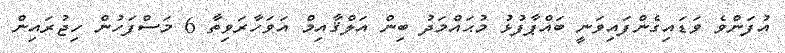
އުފަންވެ ވަޑައިގެންފައިވަނީ ބައްޕާފުޅު މުޙައްމަދު ބިން އަލްޤާއިމް އަވަހާރަވިތާ 6 މަސްފަހުން ހިޖުރައިން